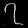
Digit: ၇